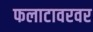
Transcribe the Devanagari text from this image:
फलाटावरवर